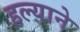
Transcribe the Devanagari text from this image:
हल्याने